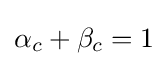
\alpha _{c}+\beta _{c}=1